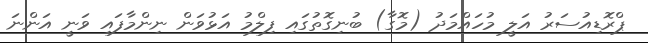
ޕްރޮޑިއުސަރު އަލީ މުހައްމަދު (މޮގާ) ބުނިގޮތުގައި ފިލްމު އަޅުވަން ނިންމާފައި ވަނީ އަންނަ